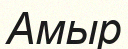
Амыр